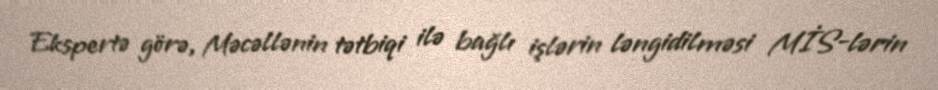
Ekspertə görə, Məcəllənin tətbiqi ilə bağlı işlərin ləngidilməsi MİS-lərin